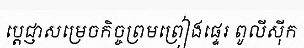
ប្តេជ្ញាសម្រេចកិច្ចព្រមព្រៀងផ្ទេរ ពូលីស៊ីក